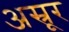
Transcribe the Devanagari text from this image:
अस्रूर